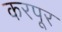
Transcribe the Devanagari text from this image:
करपूर